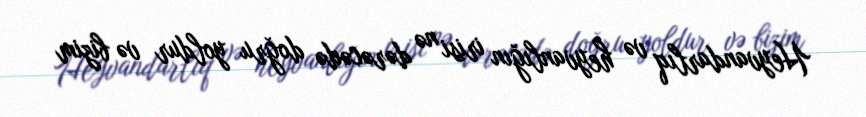
Heyvandarlıq və heyvanlığın irisi nə dərəcədə doğru yoldur və bizim